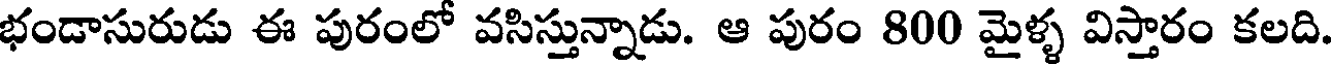
భండాసురుడు ఈ పురంలో వసిస్తున్నాడు. ఆ పురం 800 మైళ్ళ విస్తారం కలది.